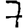
Digit: 7